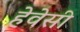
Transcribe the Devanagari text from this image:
हेवेसी